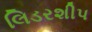
લિડરશીપ